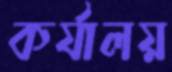
কর্যালয়